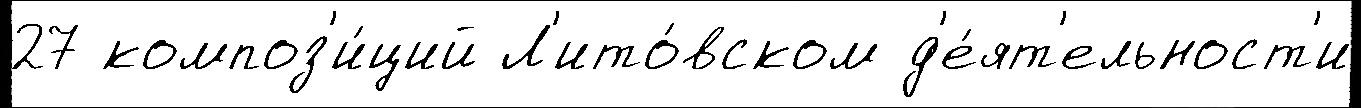
27 композ'и́ций Л'ито́вском д'е́ят'ельност'и